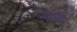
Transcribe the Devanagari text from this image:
नेमेले